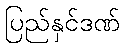
ပြည်နှင်ဒဏ်